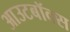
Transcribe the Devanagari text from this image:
आउटबॉक्स